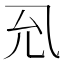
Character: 𭀛